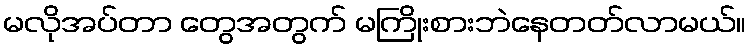
မလိုအပ်တာ တွေအတွက် မကြိုးစားဘဲနေတတ်လာမယ်။